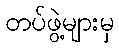
တပ်ဖွဲ့များမှ